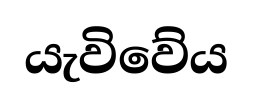
යැවිවේය